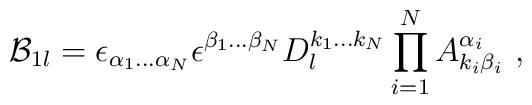
{\cal B}_{1 l}= \epsilon_{\alpha_1 \ldots \alpha_N}\epsilon^{\beta_1\ldots \beta_N} D_{l}^{k_1\ldots k_N}\prod_{i=1}^N A^{\alpha_i}_{k_i  \beta_i}\ ,